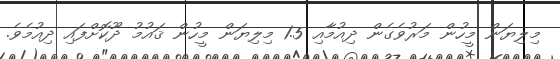
މިލިޔަން މީހުން މަރުވެގެން ދިއުމާއި 1.5 މިލިޔަން މީހުން ޤައުމު ދޫކޮށްފައި ދިއުމެވެ.